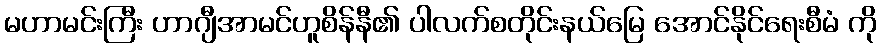
မဟာမင်းကြီး ဟာဂျီအာမင်ဟူစိန်နီ၏ ပါလက်စတိုင်းနယ်မြေ အောင်နိုင်ရေးစီမံ ကို